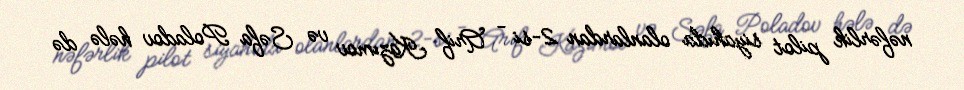
nəfərlik pilot siyahıda olanlardan 2-si - Arif Kazımov və Səfa Poladov hələ də